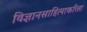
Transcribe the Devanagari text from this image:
विज्ञानसाहित्याकरिता